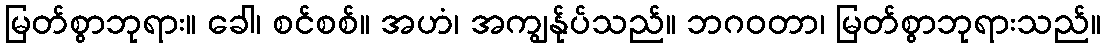
မြတ်စွာဘုရား။ ခေါ၊ စင်စစ်။ အဟံ၊ အကျွန်ုပ်သည်။ ဘဂဝတာ၊ မြတ်စွာဘုရားသည်။